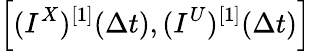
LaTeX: \left[(I^{X})^{[1]}(\Delta t),(I^{U})^{[1]}(\Delta t)\right]